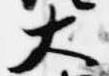
大